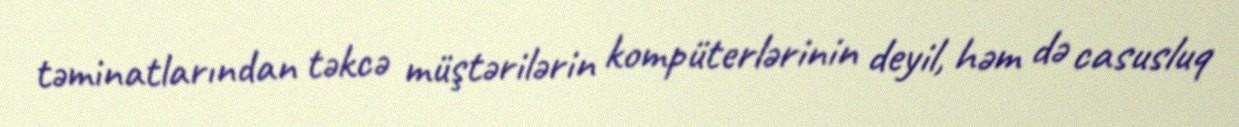
təminatlarından təkcə müştərilərin kompüterlərinin deyil, həm də casusluq